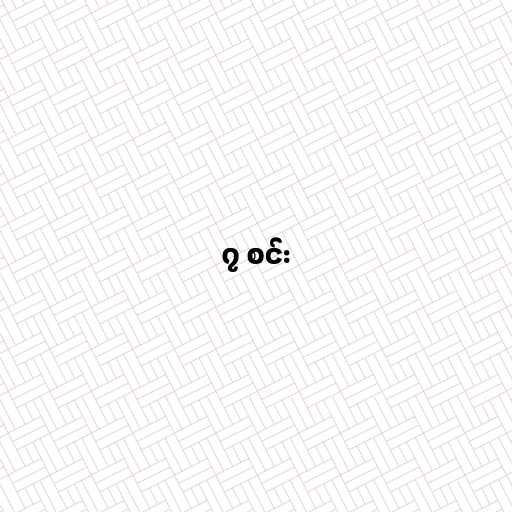
၇ စင်း